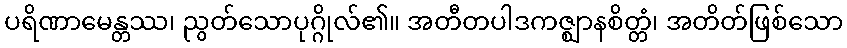
ပရိဏာမေန္တဿ၊ ညွတ်သောပုဂ္ဂိုလ်၏။ အတီတပါဒကဇ္ဈာနစိတ္တံ၊ အတိတ်ဖြစ်သော